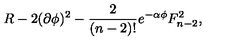
R - 2 ( \partial \phi ) ^ { 2 } - { \frac { 2 } { ( n - 2 ) ! } } e ^ { - \alpha \phi } F _ { n - 2 } ^ { 2 } ,